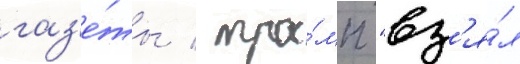
газ'е́ты / тра́мп "вз'я́л